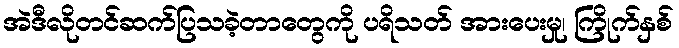
အဲဒီလိုတင်ဆက်ပြသခဲ့တာတွေကို ပရိသတ် အားပေးမှု၊ ကြိုက်နှစ်